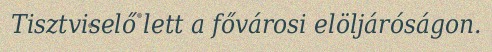
Tisztviselő lett a fővárosi elöljáróságon.